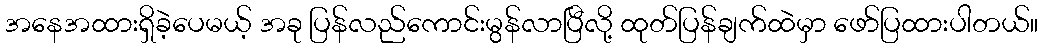
အနေအထားရှိခဲ့ပေမယ့် အခု ပြန်လည်ကောင်းမွန်လာပြီလို့ ထုတ်ပြန်ချက်ထဲမှာ ဖော်ပြထားပါတယ်။